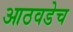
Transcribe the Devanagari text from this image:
आठवडेच